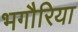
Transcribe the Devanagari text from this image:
भगौरिया